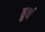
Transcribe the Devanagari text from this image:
तुथं